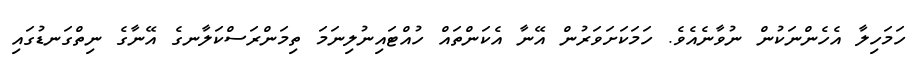
ހަމަހިލާ އެހެންނަކުން ނުވާނެއެވެ. ހަމަކަށަވަރުން އޭނާ އެކަންތައް ހުއްޓައިނުލިނަމަ ތިމަންރަސްކަލާނގެ އޭނާގެ ނިތްގަނޑުގައި